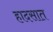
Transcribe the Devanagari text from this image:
हादसात